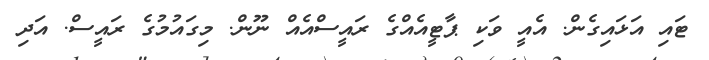
ޓައި އަޅައިގެން. އެއީ ވަކި ޕާޓީއެއްގެ ރައީސްއެއް ނޫން. މިގައުމުގެ ރައީސް. އަދި